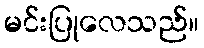
မင်းပြုလေသည်။